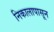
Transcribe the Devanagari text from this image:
निकालापासून